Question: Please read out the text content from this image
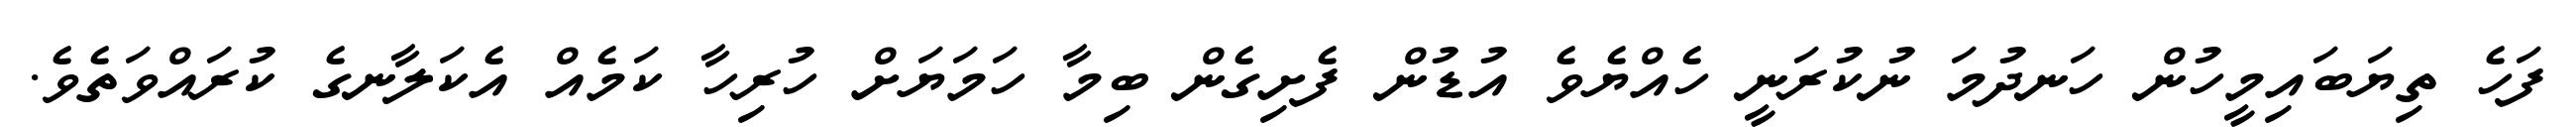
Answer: ފަހެ ތިޔަބައިމީހުން ހަނދުމަ ނުކުރަނީ ހެއްޔެވެ އުޑުން ފެށިގެން ބިމާ ހަމަޔަށް ހުރިހާ ކަމެއް އެކަލާނގެ ކުރައްވަތެވެ.